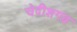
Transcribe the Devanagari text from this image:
चेदीशगढ़